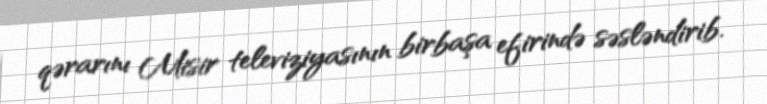
qərarını Misir televiziyasının birbaşa efirində səsləndirib.